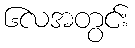
၆လအတွင်း